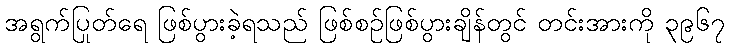
အရွက်ပြုတ်ရေ ဖြစ်ပွားခဲ့ရသည် ဖြစ်စဉ်ဖြစ်ပွားချိန်တွင် တင်းအားကို ၃၉၆၇